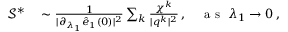
\begin{array} { r l } { \mathcal { S } ^ { * } } & { { } \sim \frac { 1 } { \vert \partial _ { \lambda _ { 1 } } \hat { e } _ { 1 } ( 0 ) \vert ^ { 2 } } \sum _ { k } \frac { \chi ^ { k } } { \vert \boldsymbol { q } ^ { k } \vert ^ { 2 } } \, , ~ ~ ~ \mathrm { ~ a ~ s ~ } ~ \lambda _ { 1 } \rightarrow 0 \, , } \end{array}